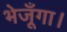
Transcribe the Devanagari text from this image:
भेजूँगा।